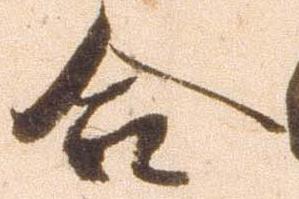
合